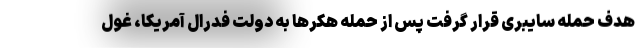
هدف حمله سایبری قرار گرفت پس از حمله هکرها به دولت فدرال آمریکا، غول